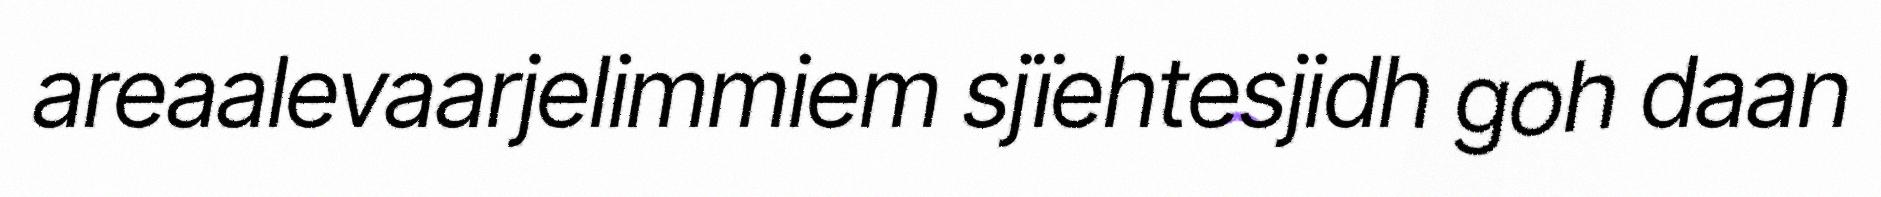
areaalevaarjelimmiem sjïehtesjidh goh daan